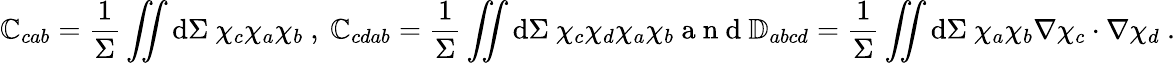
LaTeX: \mathbb{C}_{cab}=\frac{1}{\Sigma}\iint\mathrm{d}\Sigma~\chi_{c}\chi_{a}\chi_{b}\mathrm{~,~}\mathbb{C}_{cdab}=\frac{1}{\Sigma}\iint\mathrm{d}\Sigma~\chi_{c}\chi_{d}\chi_{a}\chi_{b}\mathrm{~a~n~d~}\mathbb{D}_{abcd}=\frac{1}{\Sigma}\iint\mathrm{d}\Sigma~\chi_{a}\chi_{b}\nabla\chi_{c}\cdot\nabla\chi_{d}~.